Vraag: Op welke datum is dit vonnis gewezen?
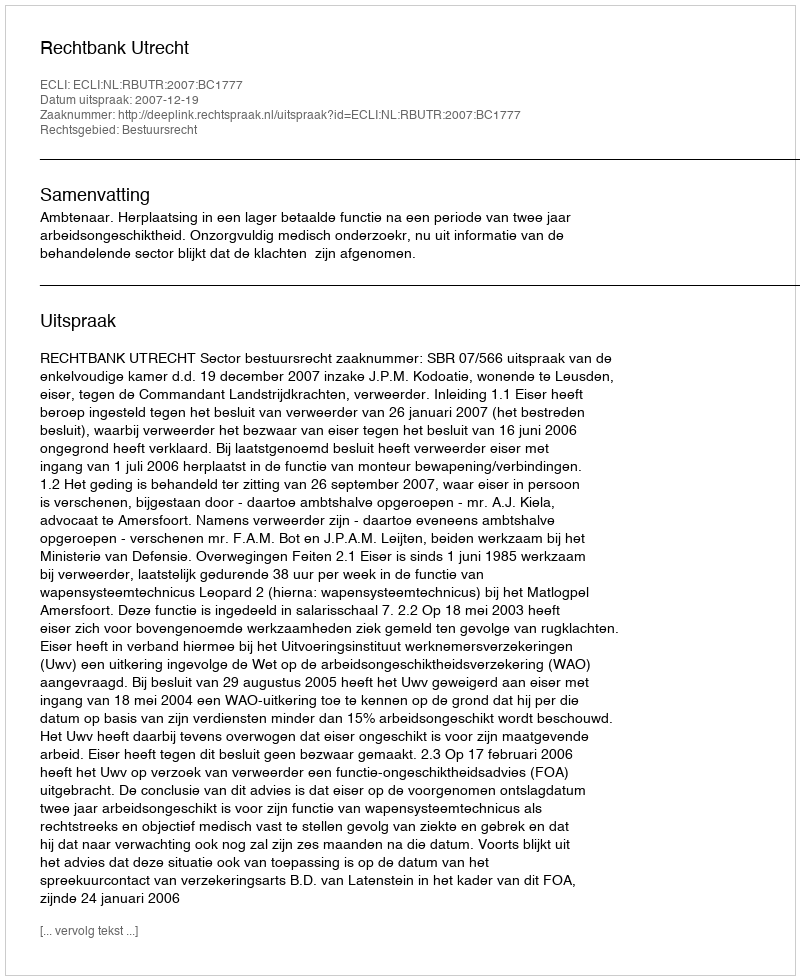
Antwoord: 2007-12-19